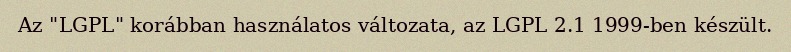
Az "LGPL" korábban használatos változata, az LGPL 2.1 1999-ben készült.